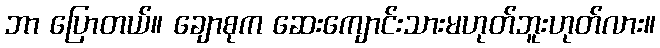
ဘာ ပြောတယ်။ ချောစုက ဆေးကျောင်းသားမဟုတ်ဘူးဟုတ်လား။